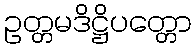
ဥတ္တမဒိဋ္ဌိပတ္တော